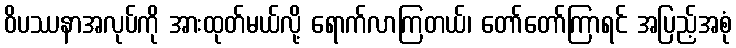
ဝိပဿနာအလုပ်ကို အားထုတ်မယ်လို့ ရောက်လာကြတယ်၊ တော်တော်ကြာရင် အပြည့်အစုံ